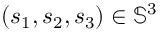
( s _ { 1 } , s _ { 2 } , s _ { 3 } ) \in \mathbb { S } ^ { 3 }